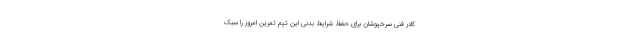
کادر فنی سرخپوشان برای حفظ شرایط بدنی این تیم تمرین امروز را سبک